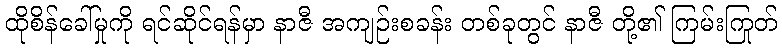
ထိုစိန်ခေါ်မှုကို ရင်ဆိုင်ရန်မှာ နာဇီ အကျဉ်းစခန်း တစ်ခုတွင် နာဇီ တို့၏ ကြမ်းကြုတ်